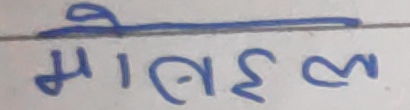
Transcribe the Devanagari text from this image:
माइइल